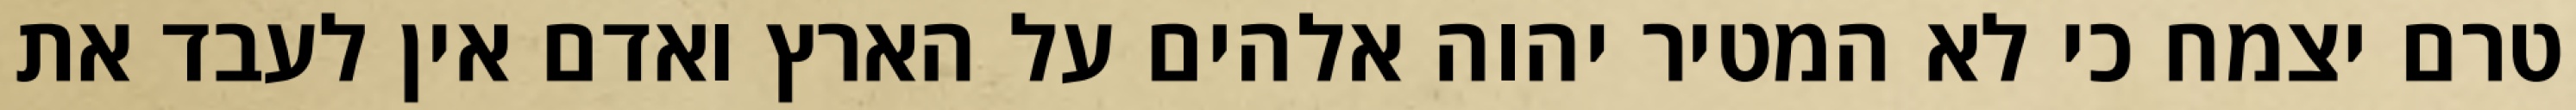
טרם יצמח כי לא המטיר יהוה אלהים על הארץ ואדם אין לעבד את